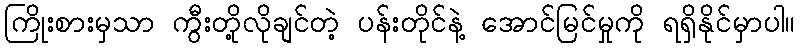
ကြိုးစားမှသာ ကွီးတို့လိုချင်တဲ့ ပန်းတိုင်နဲ့ အောင်မြင်မှုကို ရရှိနိုင်မှာပါ။